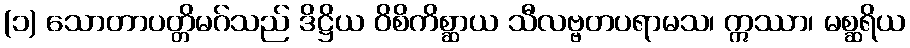
(၁) သောတာပတ္တိမဂ်သည် ဒိဋ္ဌိယ ဝိစိကိစ္ဆာယ သီလဗ္ဗတပရာမသ၊ ဣဿာ၊ မစ္ဆရိယ